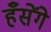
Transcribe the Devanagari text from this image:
हँसेंगे